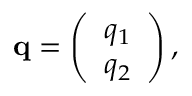
{ \bf q } = \left( \begin{array} { c } { { q _ { 1 } } } \\ { { q _ { 2 } } } \end{array} \right) ,